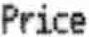
PRICE